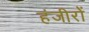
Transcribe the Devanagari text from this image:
हंजीरों